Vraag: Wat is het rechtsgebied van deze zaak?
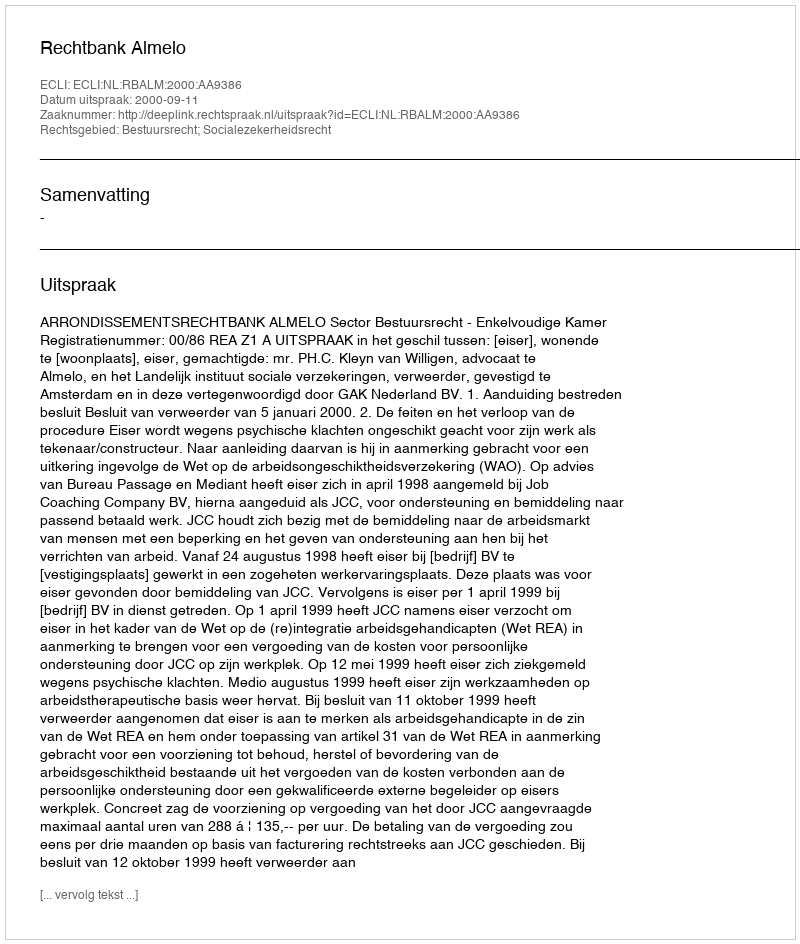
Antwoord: Bestuursrecht; Socialezekerheidsrecht